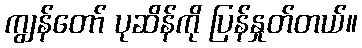
ကျွန်တော် ပုဆိန်ကို ပြန်နှုတ်တယ်။